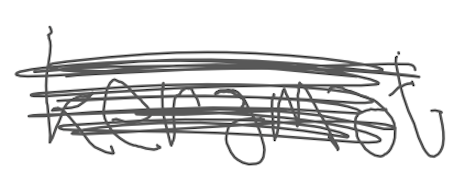
Text: Keramat
Cross-out: scratch
Writing tool: digital_gray